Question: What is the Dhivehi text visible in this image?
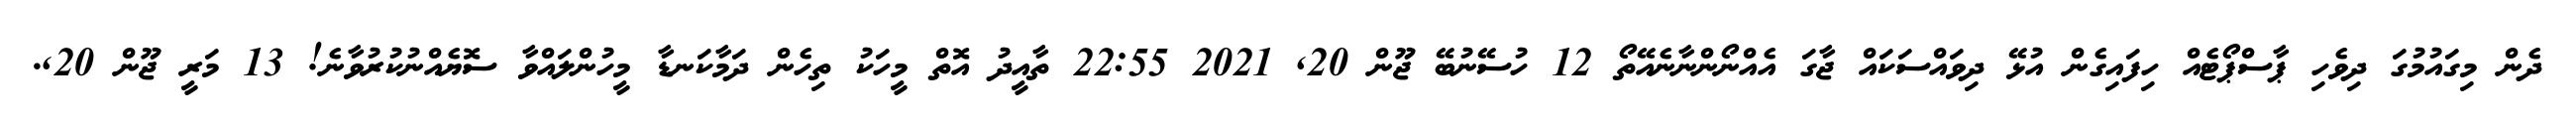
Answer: ދެން މިގައުމުގަ ދިވެހި ޕާސްޕޯޓެއް ހިފައިގެން އުޅޭ ދިވައްސަކައް ޖާގަ އެއްނޯންނާނެއޭތޯ 12 ހުސޭނުބޭ ޖޫން 20, 2021 22:55 ތާއީދު އޮތް މީހަކު ތިހެން ދަމާކަނޑާ މީހުންލައްވާ ސޮޔެއްނުކުރުވާނެ! 13 މަރީ ޖޫން 20,.